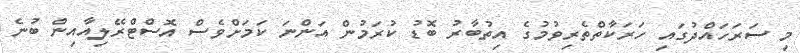
މި ސަރަހައްދުގައި ހަރަކާތްތެރިވުމުގެ އިތުބާރު ބޮޑު ކުރަމުން އަންނަ ކަމަށްވެސް އޮސްޓްރޭލިއާއިން ބުނެ